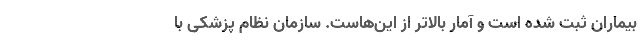
بیماران ثبت شده است و آمار بالاتر از این‌هاست. سازمان نظام پزشکی با